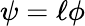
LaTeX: \psi=\ell\phi